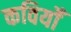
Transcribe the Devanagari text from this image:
कवियोँ